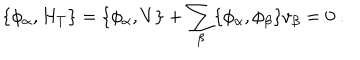
\{ \phi _ { \alpha } , H _ { T } \} = \{ \phi _ { \alpha } , V \} + \sum _ { \beta } \{ \phi _ { \alpha } , \phi _ { \beta } \} v _ { \beta } = 0 \ .